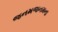
જનમજનમના